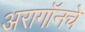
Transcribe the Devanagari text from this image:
अरागॉनचे